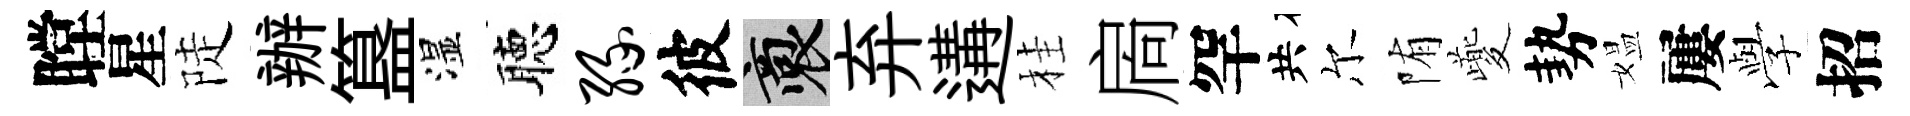
瞠星陡辦簋湿聴缘彼裔弃遘桂扄罕共尔陏夔勢媪屢𫝯招